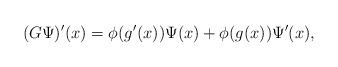
LaTeX: \begin{align*}(G\Psi)'(x)=\phi(g'(x))\Psi(x)+\phi(g(x))\Psi'(x),\end{align*}